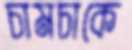
চামচাকে